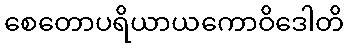
စေတောပရိယာယကောဝိဒေါတိ